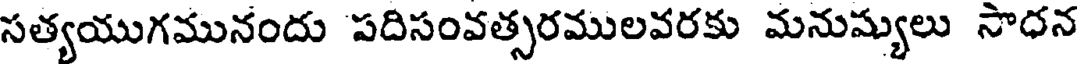
సత్యయుగమునందు పదిసంవత్సరములవరకు మనుష్యులు సాధన